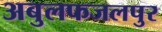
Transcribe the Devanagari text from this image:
अबुलफजलपुर